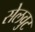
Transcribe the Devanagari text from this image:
सेलवुट